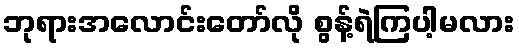
ဘုရားအလောင်းတော်လို စွန့်ရဲကြပါ့မလား